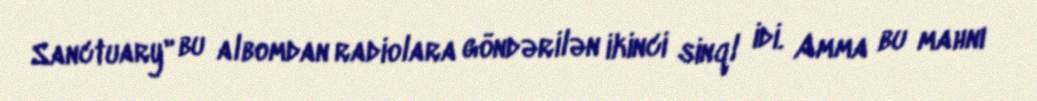
Sanctuary" bu albomdan radiolara göndərilən ikinci sinql idi. Amma bu mahnı